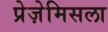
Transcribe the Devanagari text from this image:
प्रेज़ेमिसला